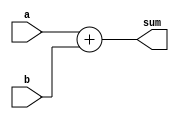
module ex_adder(a,b,sum);

input [7:0] a;
input [7:0] b;

output [7:0] sum;

assign sum = a+b;

endmodule